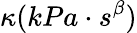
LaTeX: \kappa(kPa\cdot s^{\beta})